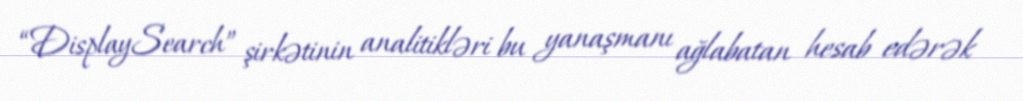
“DisplaySearch” şirkətinin analitikləri bu yanaşmanı ağlabatan hesab edərək